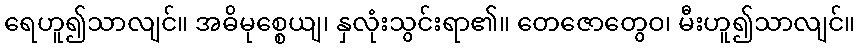
ရေဟူ၍သာလျင်။ အဓိမုစ္စေယျ၊ နှလုံးသွင်းရာ၏။ တေဇောတွေဝ၊ မီးဟူ၍သာလျင်။